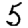
Digit: 5